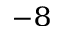
^ { - 8 }